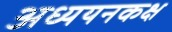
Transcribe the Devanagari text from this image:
अध्ययनकक्ष